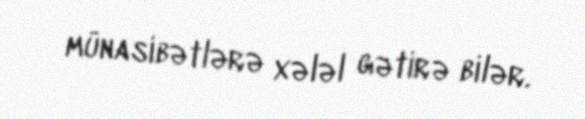
münasibətlərə xələl gətirə bilər.